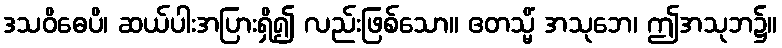
ဒသဝိဓေပိ၊ ဆယ်ပါးအပြားရှိ၍ လည်းဖြစ်သော။ ဧတသ္မိံ အသုဘေ၊ ဤအသုဘ၌။